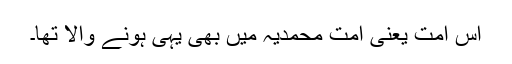
اس امت یعنی امتِ محمدیہ میں بھی یہی ہونے والا تھا۔